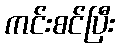
ကင်းစင်ပြီး